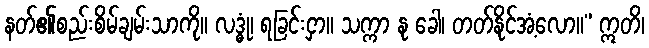
နတ်၏စည်းစိမ်ချမ်းသာကို။ လဒ္ဓုံ၊ ရခြင်းငှာ။ သက္ကာ နု ခေါ၊ တတ်နိုင်အံ့လော။” ဣတိ၊